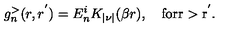
g _ { n } ^ { > } ( r , r ^ { ' } ) = E _ { n } ^ { i } K _ { | \nu | } ( \beta r ) , \quad \mathrm { f o r r > r ^ { ' } . }